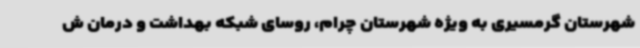
شهرستان گرمسیری به ویژه شهرستان چرام، روسای شبکه بهداشت و درمان ش